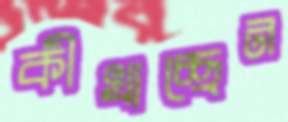
কীখাচ্ছেন